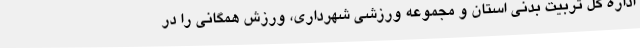
اداره کل تربیت بدنی استان و مجموعه ورزشی شهرداری، ورزش همگانی را در